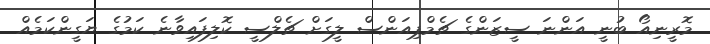
މޮރީނިއޯ ބުނީ އަންނަ ސީޒަންގެ ޗެމްޕިއަންސް ލީގަށް ޗެލްސީ ކޮލިފައިވާނެ ކަމުގެ ޔަގީންކަމެއް